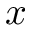
x